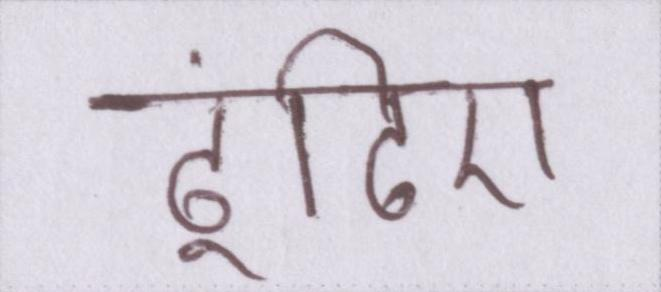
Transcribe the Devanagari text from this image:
ढूंढिए